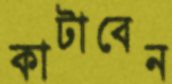
কাটাবেন